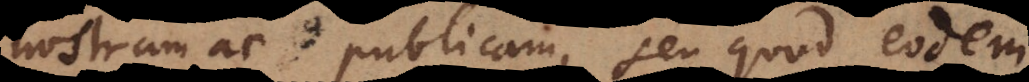
nostram ac publicam, seu quod eodem